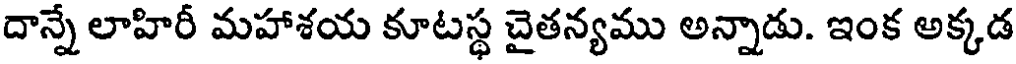
దాన్నే లాహిరీ మహాశయ కూటస్థ చైతన్యము అన్నాడు. ఇంక అక్కడ